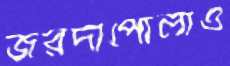
জরদাপোলাও